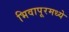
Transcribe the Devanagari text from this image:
भिवापूरमध्ये